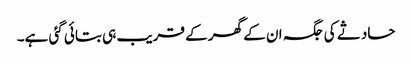
حادثے کی جگہ ان کے گھر کے قریب ہی بتائی گئی ہے۔